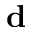
{ \bf d }